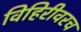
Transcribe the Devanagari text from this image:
विहिरीवरच